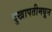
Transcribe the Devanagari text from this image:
दुखापतीमधून